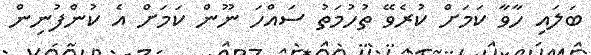
ބަލައި ހާވާ ކަމަށް ކުރެވޭ ތުހުމަތު ސައްހަ ނޫން ކަމަށް އެ ކުންފުނިން